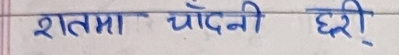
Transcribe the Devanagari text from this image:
शतमा चाँदीनी छरी